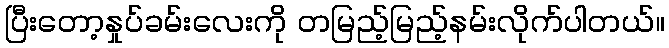
ပြီးတော့နှုပ်ခမ်းလေးကို တမြည့်မြည့်နမ်းလိုက်ပါတယ်။